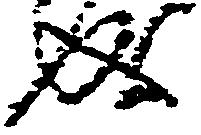
成